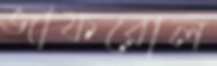
জাফরোল